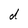
Character: d